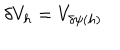
\delta V _ { h } = V _ { \delta \psi ( h ) }